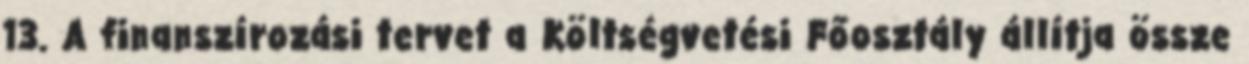
13. A finanszírozási tervet a Költségvetési Főosztály állítja össze